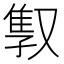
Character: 𫩇